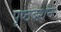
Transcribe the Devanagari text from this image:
पृष्ठदर्शन